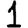
Digit: 1